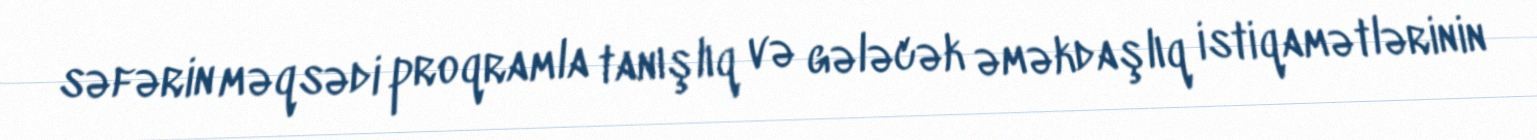
səfərin məqsədi proqramla tanışlıq və gələcək əməkdaşlıq istiqamətlərinin